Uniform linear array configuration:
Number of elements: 4
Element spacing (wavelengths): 0.75
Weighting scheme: cosine
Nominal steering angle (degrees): -60
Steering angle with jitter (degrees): -60.863
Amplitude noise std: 0.05
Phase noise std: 0.05

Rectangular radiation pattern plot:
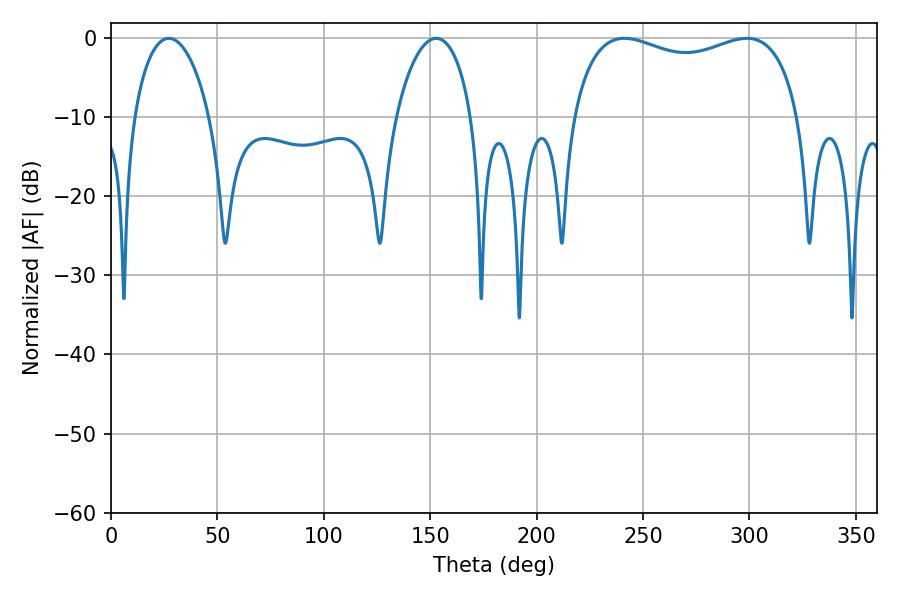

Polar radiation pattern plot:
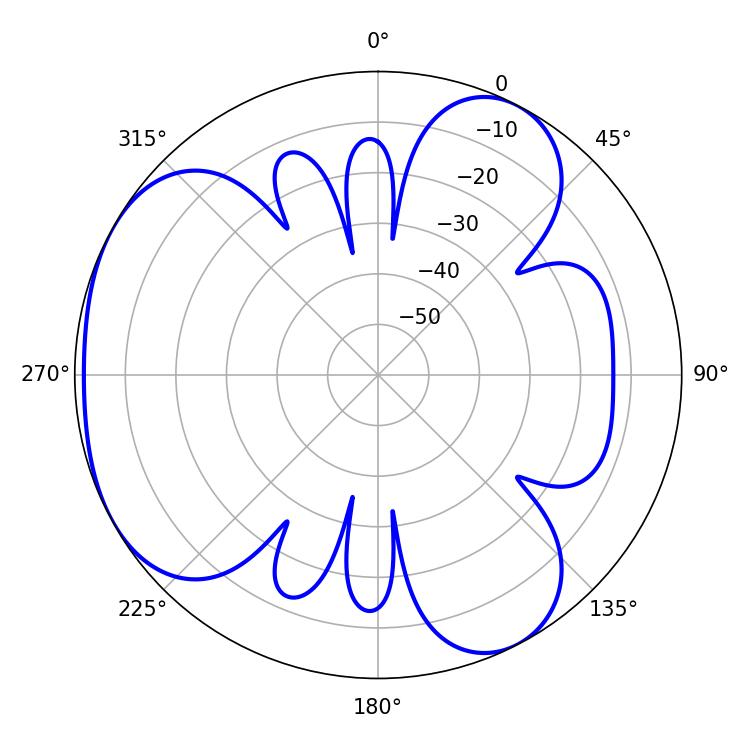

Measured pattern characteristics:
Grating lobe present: TRUE
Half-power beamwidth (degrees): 20.34
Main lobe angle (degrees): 27.18